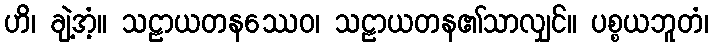
ဟိ၊ ချဲ့အံ့။ သဠာယတနဿေဝ၊ သဠာယတန၏သာလျှင်။ ပစ္စယဘူတံ၊